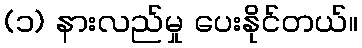
(၁) နားလည်မှု ပေးနိုင်တယ်။